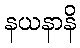
နယနာနိ